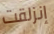
إنزلقت